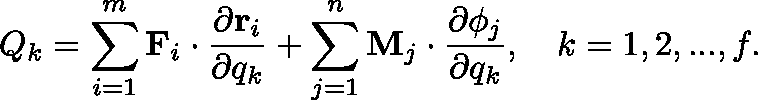
Q _ { k } = \sum _ { i = 1 } ^ { m } \mathbf { F } _ { i } \cdot { \frac { \partial \mathbf { r } _ { i } } { \partial q _ { k } } } + \sum _ { j = 1 } ^ { n } \mathbf { M } _ { j } \cdot { \frac { \partial \mathbf { \phi } _ { j } } { \partial q _ { k } } } , \quad k = 1 , 2 , . . . , f .